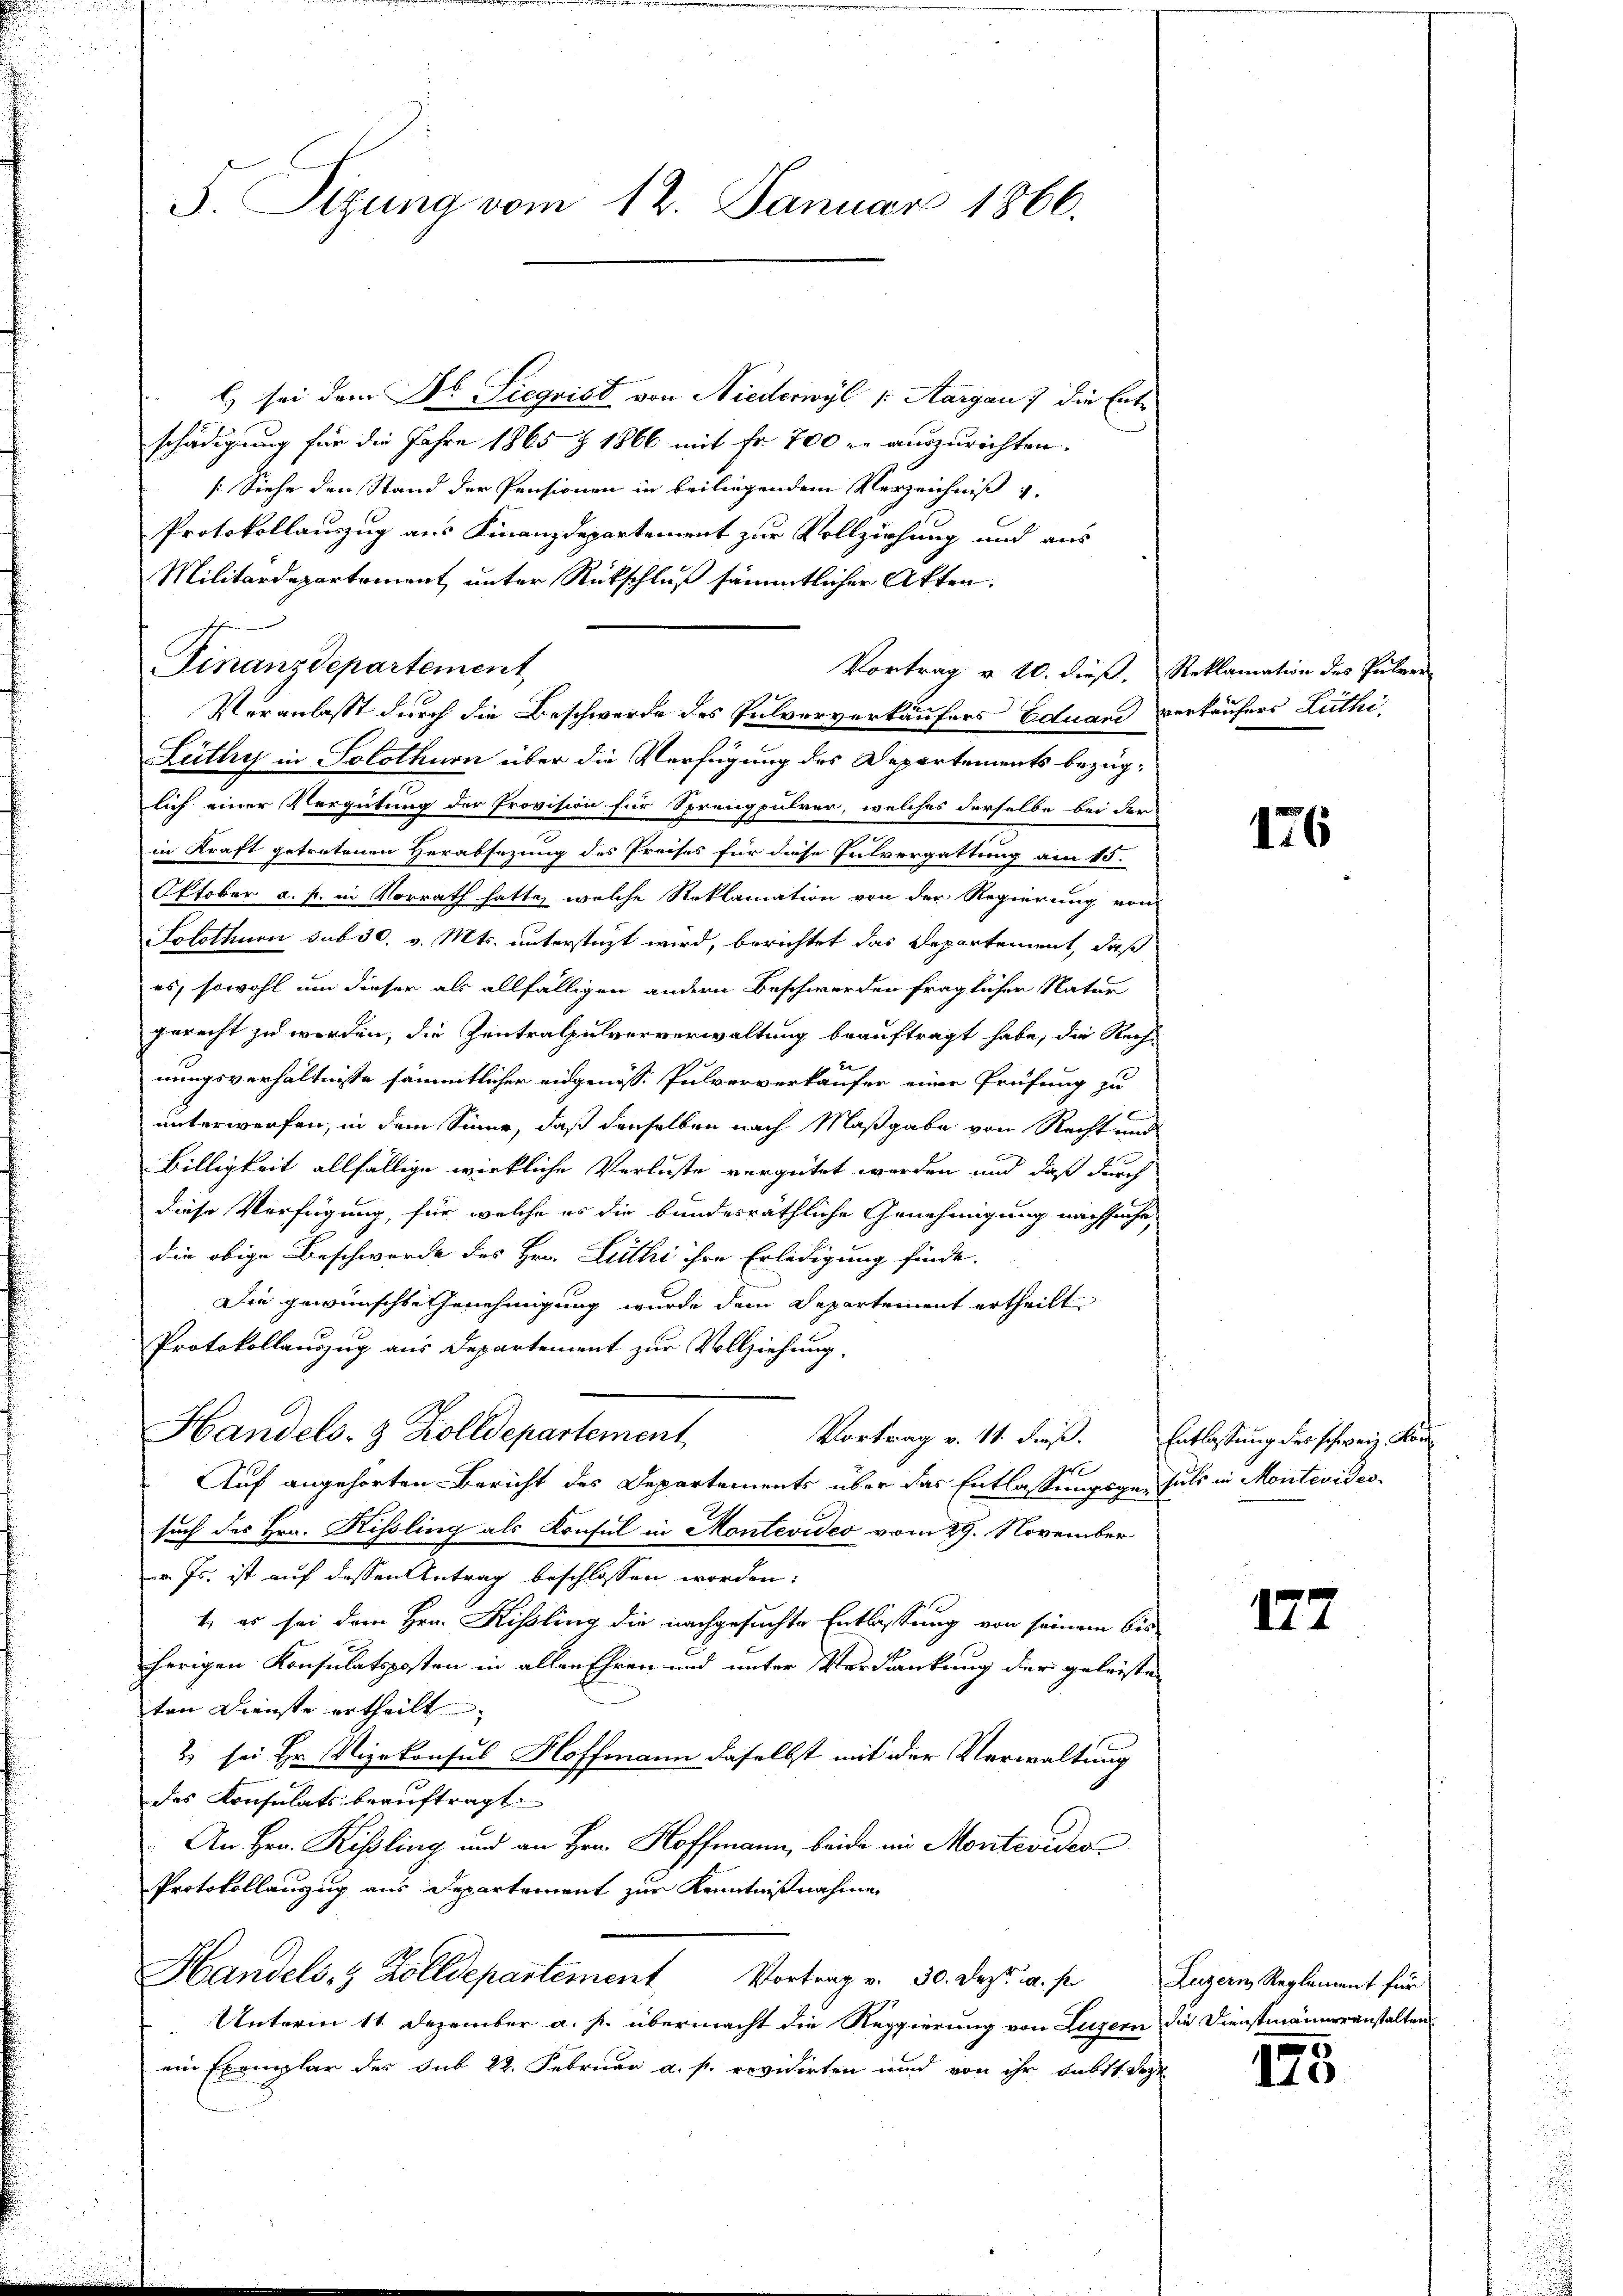
F. Sizung vom 12. Januar 1866.

l) sei dem Dr. Siegrist von Niederwyl /: Aargau, die Entschädigung für die Jahre 1865 § 1866 mit Fr. 700 er auszurichten.
[Siehe den Stand der Pensionen in beiliegendem Verzeichniß v.
Protokollauszug aus Finanzdepartement zur Vollziehung und aus
Militärdepartement unter Rückschluß sämmtlicher Akten.
Veranlasst durch die Beschwerde des Pulververkäufers Eduand verkaufers Lüthi-
Lüthy in Solothurn über die Verfügung des Departements bezüglich einer Vergütung der Provision für Sprengpulver, welches derselbe bei der
in Kraft getretenen Herabsezung des Preises für diese Futvergattung am 15.
Oktober a. f. in Vorrath hatte, welche Reklamation von der Regierung von
Solothurn sub 30. v. Mts. unterstüzt wird, berichtet das Departement, daß
es, sowohl um dieser als allfälligen andern Beschwerden fraglicher Natur
gerecht zu werden, die Zentralpulververwaltung beauftragt habe, die Recht
nungsverhältnisse sämmtlicher eidgenöss. Pulververkäufer einer Prüfung zu
unterwerfen, in dem Sinne, daß denselben nach Maßgabe von Recht und
Billigkeit allfällige wirkliche Verluste vergütet werden und daß durch
diese Verfügung, für welche es die bundesräthliche Genehmigung nachsuche,
die obige Beschwerde des Hrn. Lüthi ihre Erledigung finde.
Die gewünschte Genehmigung wurde dem Departement ertheilt
Protokollauszug aus Departement zur Vollziehung,
Handels- & Zolldepartement
Vortrag v. 11. dieß. Entlassung des schweiz. Kon
r
Auf angehörten Bericht des Departements über das Entlassungsge-fils in Montevideosuch des Hrn. Kissling als Konsul in Montevideo vom 29. November
v. Js. ist auf dessen Antrag beschlossen worden:
1) es sei dem Hrn. Kisling die nachgesuchte Entlassung von seinem bis
herigen Konsulatsposten in allen Ehren und unter Verdankung der geleiste
ten Dienste ertheilt. |
2 sei Hr. Vizekonsus Hoffmann daselbst mit der Verwaltung
des Konsulats beauftragt.
An Hrn. Kisling und an Hrn. Hoffmann, beide im Monteviden
Protokollanzug aus Departement zur Kenntnißnahme
Handels- & Zolldepartement Vortrag v. 30. Dez. a. s. Luzern Reglement für
Unterm 11. Dezember a. p. übermacht die Reggierung von Luzern die Dienstmänneranstalten
ein Exemplar der sub 22. Februar a. p. revidirten und von ihr subst. Deze

Finanzdepartement,

Vortrag v. 20. dieß, Reklamation des Pulver

176

127

175